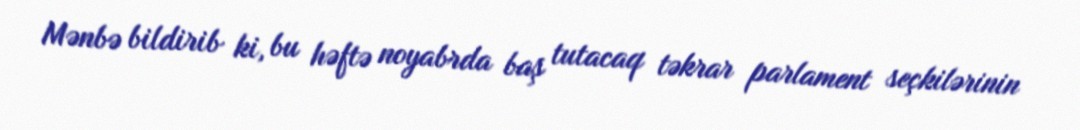
Mənbə bildirib ki, bu həftə noyabrda baş tutacaq təkrar parlament seçkilərinin